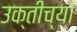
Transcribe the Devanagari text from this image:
उक्तीच्या